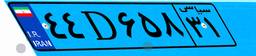
۴۴D۶۵۸۳۱